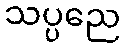
သပ္ပညေ